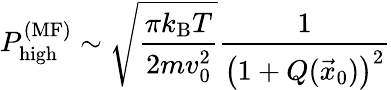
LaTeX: P_{\textrm{high}}^{(\textrm{MF})}\sim\sqrt{\frac{\pi k_{\textrm{B}}T}{2mv_{0}^{2}}}\frac{1}{\left(1+Q(\vec{x}_{0})\right)^{2}}